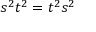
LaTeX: s ^ { 2 } t ^ { 2 } = t ^ { 2 } s ^ { 2 }